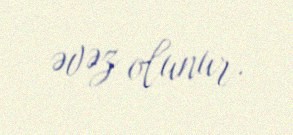
əvəz olunur.